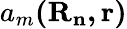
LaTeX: a_{m}\mathbf{(R_{n},r)}